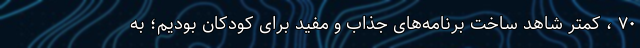
۷۰ ، کمتر شاهد ساخت برنامه‌های جذاب و مفید برای کودکان بودیم؛ به